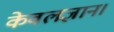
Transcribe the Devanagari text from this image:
केवलज्ञान।